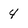
Character: 4